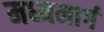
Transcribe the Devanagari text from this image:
मध्‍यमार्ग